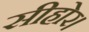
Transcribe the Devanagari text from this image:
सीहोर।